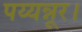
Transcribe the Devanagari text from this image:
पय्यन्नूर।